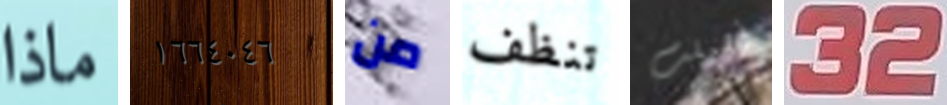
ماذا ١٦٦٤٠٤٦ من تنظف أهملت 32